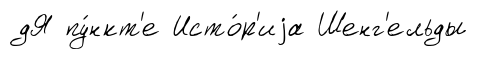
дЯ пу́нкт'е Исто́р'иjа Шенг'ельды